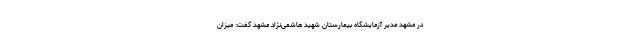
در مشهد مدیر آزمایشگاه بیمارستان شهید هاشمی‌نژاد مشهد گفت: میزان